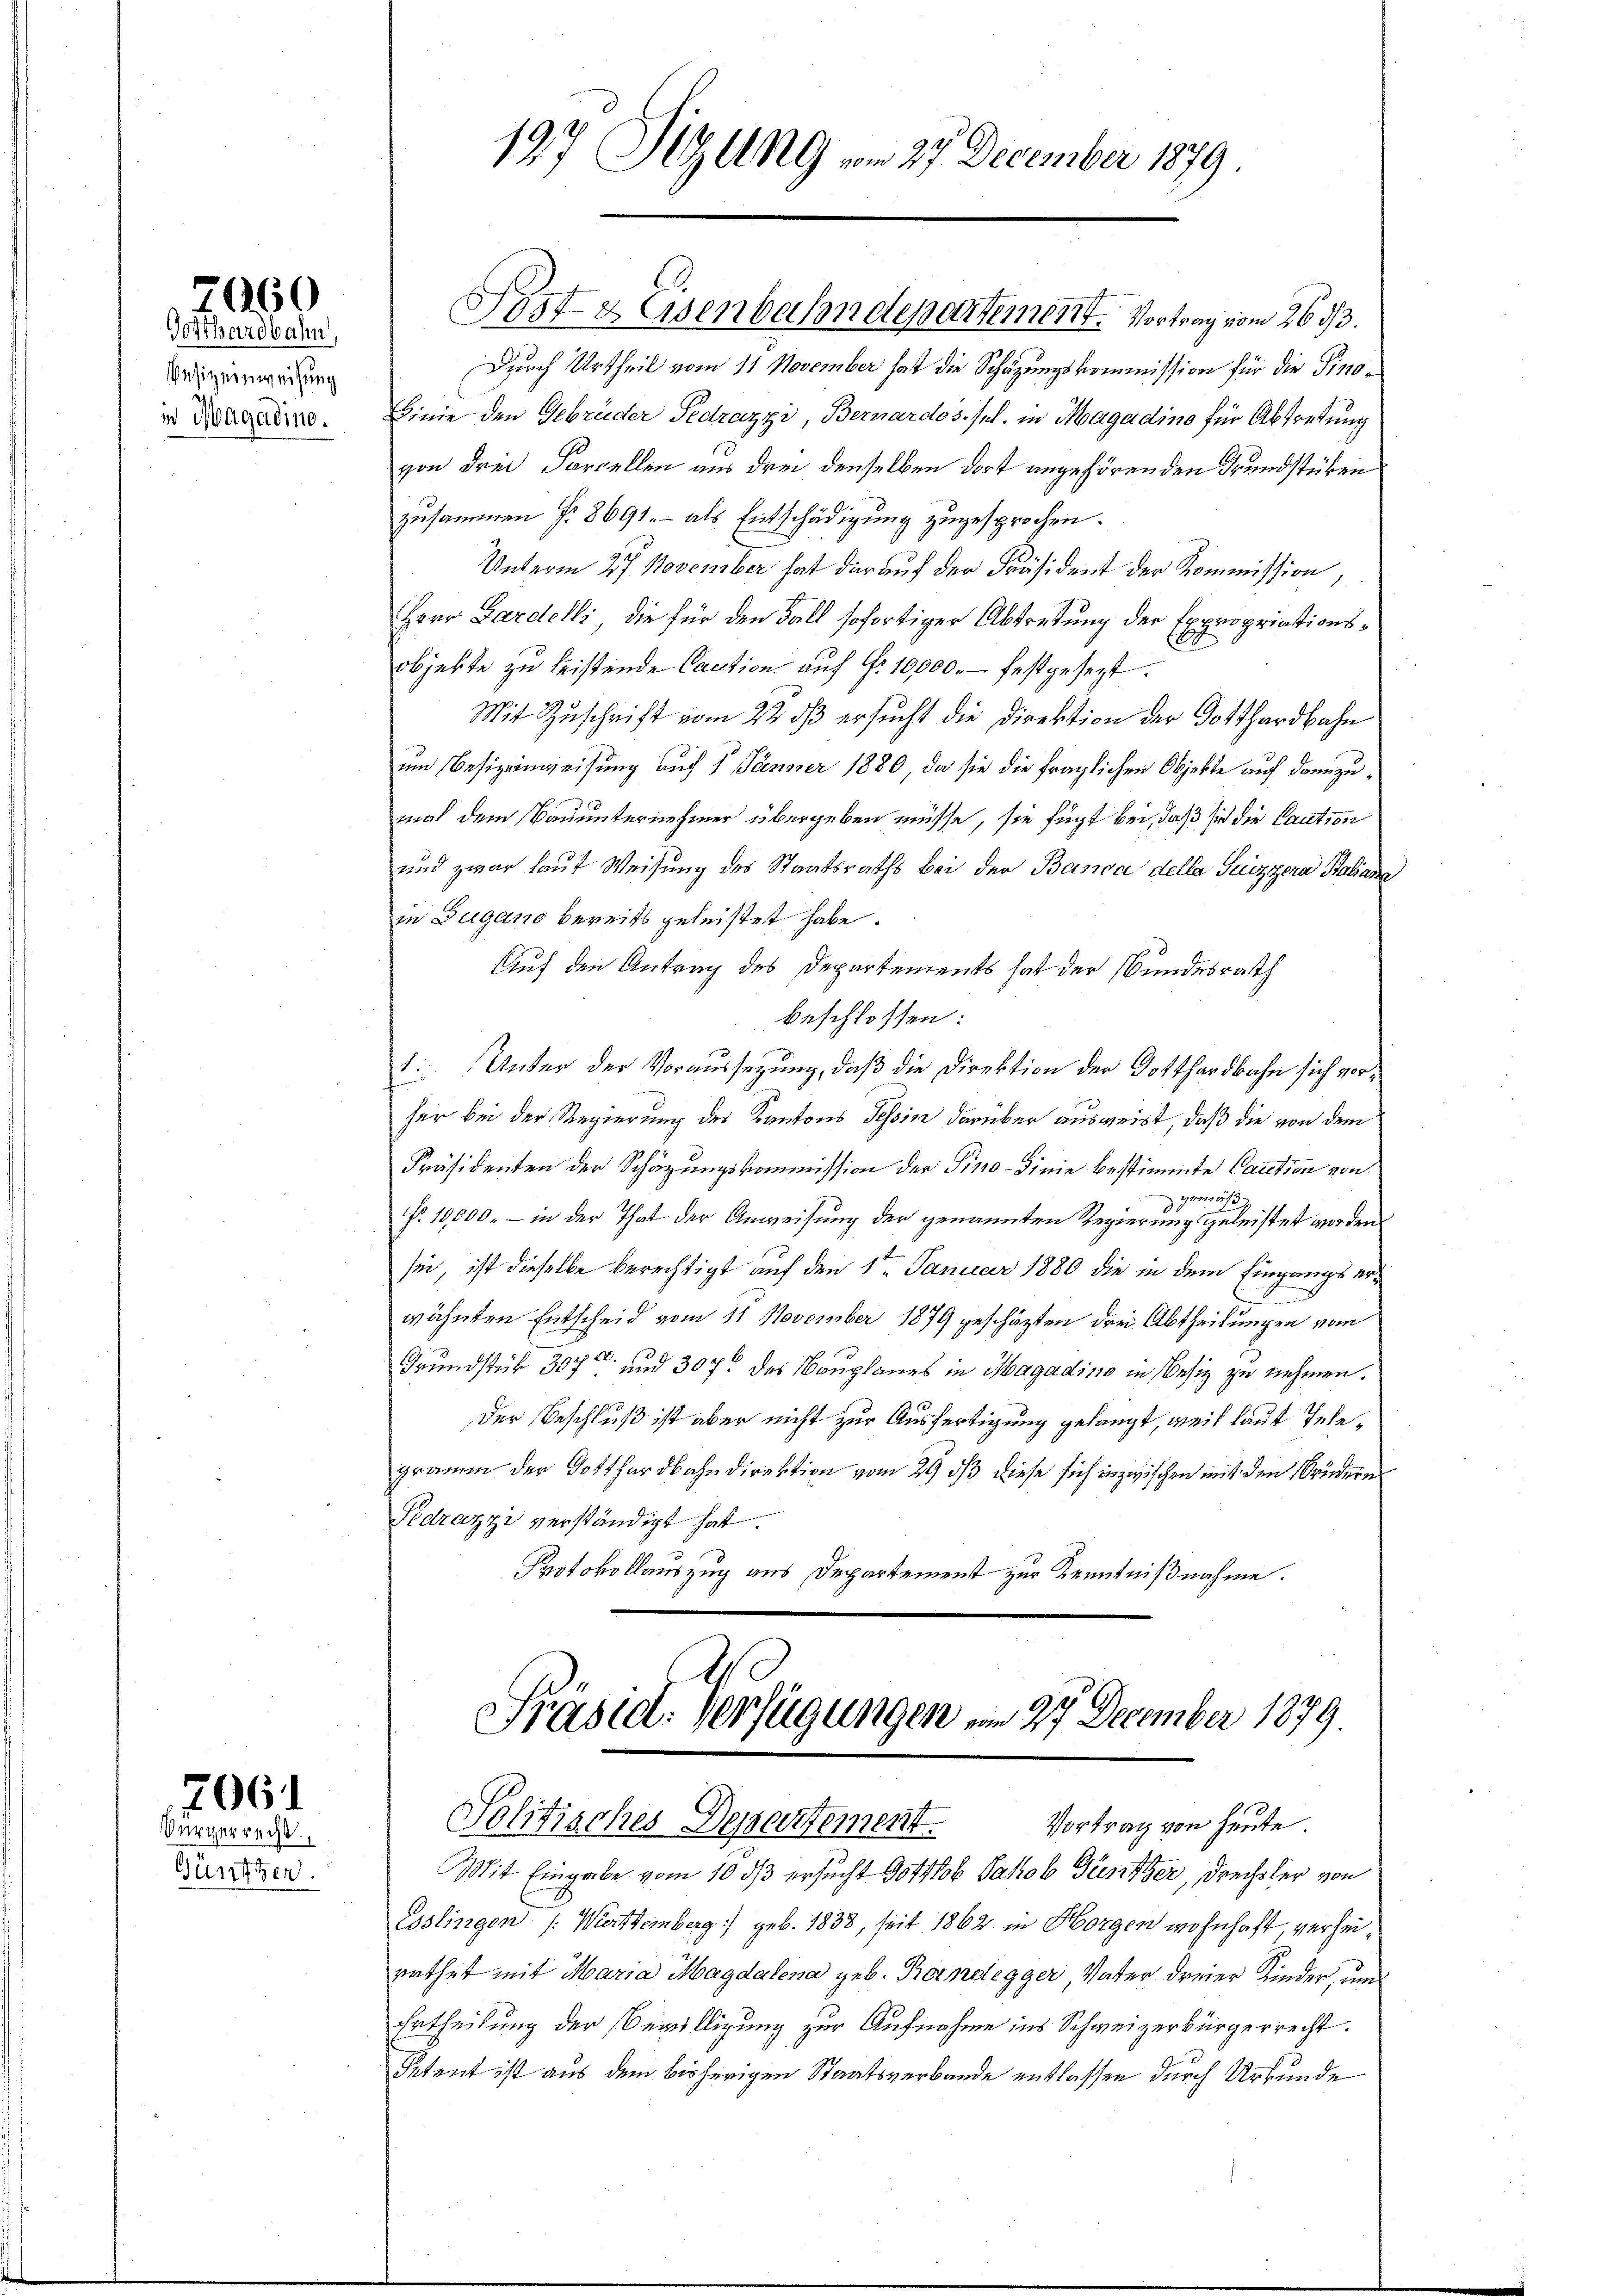
7060

Gotthardbahn
Besitzeinweisung
i Magadine.

2064

ürgerrecht.
Günften.

Durch Urtheil vom 11 November hat die Schazungskommission für die Pinobinie den Gebrüder Fedrazzi, Bernardos. sel. in Magadino für Abtretung
von drei Farcellen aus drei denselben dort angehörenden Grundstücken
zusammen f. 8691. - als Entschädigung zugesprochen.
Unterm 27. November hat der auf der Präsident der Kommission,
Herr Gardelli, die für den Fall sofortiger Abtretung der Expropriationsobjekte zu leistende Caution auf Nr. 10,000. festgesezt.
Mit Zuschrift vom 22 dß ersucht die Direktion der Dotthardbahn
um Besizeinweisung auf 5 Jänner 1880, da sie die fraglichen Objekte auf dannzutrat dem Bauunternehmer übergeben müsse, sie fügt bei, daß sich die Caution
und zwar lauf Weisung des Staatsraths bei der Banca della Puizzara Baliane
in Zugano bereits geleistet habe.
Auf den Antrag des Departements hat der Bundesrath
beschlossen:
1: Unter der Voraussezung, daß die Direktion der Gotthardbahn sich vorher bei der Regierung des Kantons Tessin darüber ausweist, daß die von dem
Präsidenten der Schäzungskommission der Fino-Dinie bestimmte Caution von
ger
Nr. 10,000. – in der That der Anweisung der genannten Regierung geleistet worden
sei, ist dieselbe berechtigt auf den 1ten Januar 1880 die in dem Eingangser¬
.
wähnten Entscheid vom 11 November 1879 geschäzten drei Abtheilungen vom
Grundstük 307 und und 307 des Bauplanes in Magadino in Besiz zu nehmen.
Der Beschluß ist aber nicht zur Ausfertigung gelangt, weil laut Telegramm der Gotthardbahndirektion vom 29 dß diese sich inzwischen mit den Brüdern
Pedrazzi verständigt hat.
Protokollauszug aus Departement zur Kenntnißnahme.

197 Sizung vom 27. December 1879.

Post- & Eisenbahndepartement. Vortrag vom 2633.

Präsid. Verfügungen am 27 December 1879.
Solitisches Departement.
Vortrag von heute
Mit Eingabe vom 16 ds ersucht Gottlob Jakob Tänzer, Drechsler von

Esslingen /: Württemberg) geb. 1838, seit 1862 in Horgen wohnhaft, verheirathet mit Maria Magdalena geb. Keindegger Vater dreier Kinder, um
Ertheilung der Bewilligung zur Aufnahme ins Schweizerbürgerrecht.
Petent ist aus dem bisherigen Staatsverbande entlassen durch Urkunde